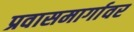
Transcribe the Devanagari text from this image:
प्रवासमार्गावर